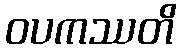
ဝပကဿတိ